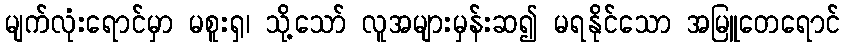
မျက်လုံးရောင်မှာ မစူးရှ၊ သို့သော် လူအများမှန်းဆ၍ မရနိုင်သော အမြူတေရောင်